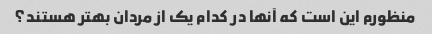
منظورم این است که آنها در کدام یک از مردان بهتر هستند؟